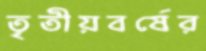
তৃতীয়বর্ষের